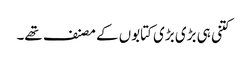
کتنی ہی بڑی بڑی کتابوں کے مصنف تھے۔